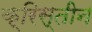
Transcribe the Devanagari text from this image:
क्रिस्तीन